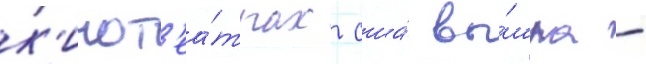
к'инот'еа́трах сша́ вы́шла -